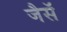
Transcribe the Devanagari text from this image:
जैसॅ